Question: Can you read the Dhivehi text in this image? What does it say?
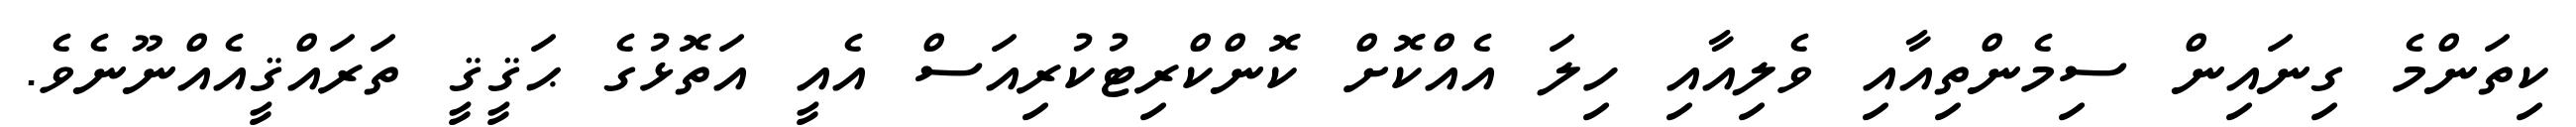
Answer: ކިތަންމެ ގިނައިން ސިމެންތިއާއި ވެލިއާއި ހިލަ އެއްކޮށް ކޮންކްރިޓުކުރިއަސް އެއީ އަތޮޅުގެ ޙަޤީޤީ ތަރައްޤީއެއްނޫނެވެ.